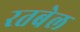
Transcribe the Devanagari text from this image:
रतबेल